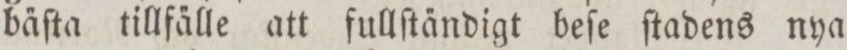
ba̋ſta tillfa̋lle att fullſta̋ndigt beſe ſtadens nya